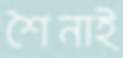
শৈনাই